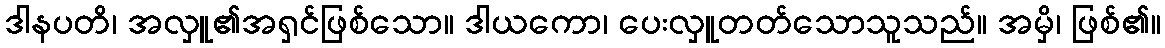
ဒါနပတိ၊ အလှူ၏အရှင်ဖြစ်သော။ ဒါယကော၊ ပေးလှူတတ်သောသူသည်။ အမှိ၊ ဖြစ်၏။